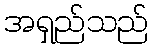
အရှည်သည်